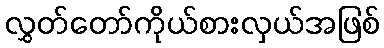
လွှတ်တော်ကိုယ်စားလှယ်အဖြစ်